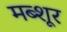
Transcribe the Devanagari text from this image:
मब्शूर